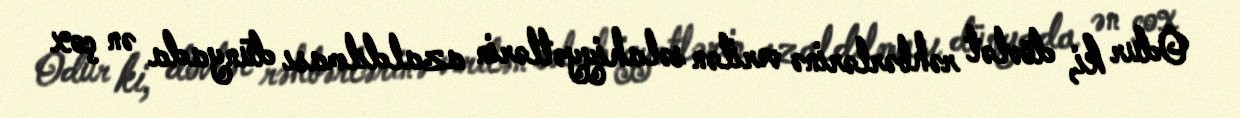
Odur ki, dövlət rəhbərlərinə verilən səlahiyyətlərin azaldılması dünyada ən çox